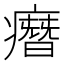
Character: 㿊